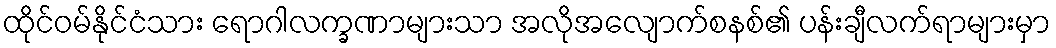
ထိုင်ဝမ်နိုင်ငံသား ရောဂါလက္ခဏာများသာ အလိုအလျောက်စနစ်၏ ပန်းချီလက်ရာများမှာ